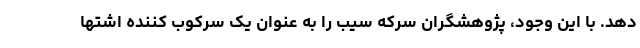
دهد. با این وجود، پژوهشگران سرکه سیب را به عنوان یک سرکوب کننده اشتها